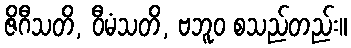
ဇိဂီသတိ, ဝီမံသတိ, ဗဘူဝ စသည်တည်း။